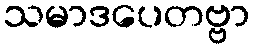
သမာဒပေတဗ္ဗာ